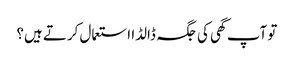
تو آپ گھی کی جگہ ڈالڈا استعمال کرتے ہیں؟